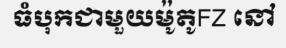
ធំបុកជាមួយម៉ូតូFZ នៅ